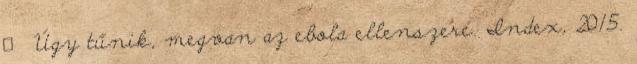
↑ Úgy tűnik, megvan az ebola ellenszere. Index, 2015.